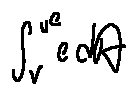
\int \limits _ { v } ^ { \mu e } e d A